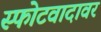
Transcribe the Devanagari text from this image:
स्फोटवादावर